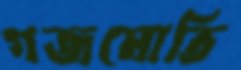
গজমোতি